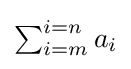
{\textstyle \sum _{i=m}^{i=n}a_{i}}